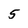
Character: 5